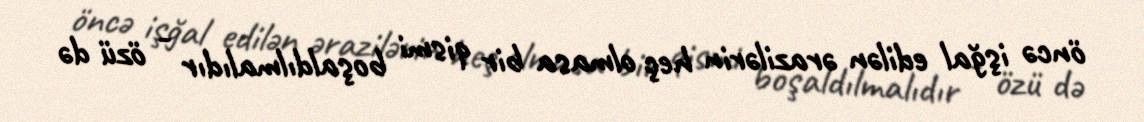
öncə işğal edilən ərazilərin heç olmasa bir qismi boşaldılmalıdır - özü də